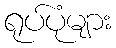
ရုပ်ပုံများ